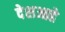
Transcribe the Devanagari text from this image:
देशआहे